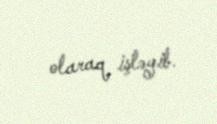
olaraq işləyib.